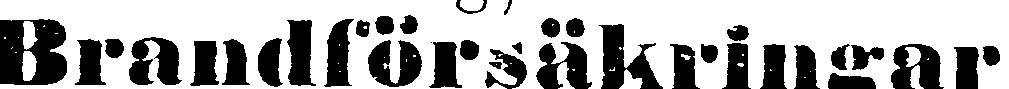
Brandförsäkringar